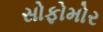
સોફોમોર